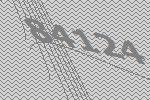
84124